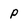
Character: p